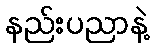
နည်းပညာနဲ့